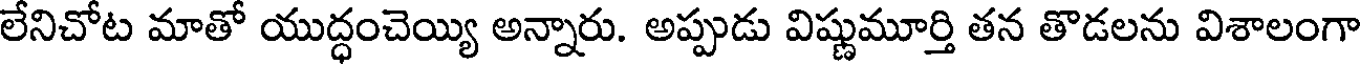
లేనిచోట మాతో యుద్ధంచెయ్యి అన్నారు. అప్పుడు విష్ణుమూర్తి తన తొడలను విశాలంగా